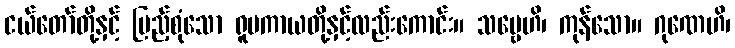
ငယ်တော်တို့နှင့် ပြည့်စုံသော ရူပကာယတို့နှင့်လည်းကောင်း။ သဗ္ဗေဟိ၊ ကုန်သော။ ဂုဏေဟိ၊